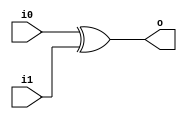
//used : = for blocking combintionl crkts and <= for non blocking sequential circuits
module xor2 (input wire i0, i1, output wire o);
  //selective complementer using xor and i1 as control
  assign o = i0^i1;
endmodule

module or2 (input wire i0, i1, output wire o);
  //oring for dflip flop input
  assign o = i0|i1;
endmodule

module dfrl (input clk,reset_b,shift_control,inputLSB,output wire out);
  reg df_out;
  wire df_data;

  //calculating the input to the dfrl
  or2 orgate(inputLSB,df_out,df_data);
  //reset and load flip flop
  //the flip flop is read in the posedge but written in neg edge clk cycle hence letting us save 	an entire clock cycle
  always@(posedge clk,negedge reset_b)//sensitive to either pos clk or neg rest_b edge
  if(~reset_b) begin
    df_out <= 0;//reset the flip flop
  end
  else begin
    if(shift_control) begin
      df_out <= df_data;//supply the content to the output of dfrl
    end
  end
  assign out = df_out;
endmodule

module df (input clk, in, output wire out);
  reg df_out;
  always@(posedge clk) df_out <= in;//positive edge triggered DFF
  assign out = df_out;
endmodule

module shiftRegArr(input clk,load,shift_bool,seriallyInpBit,reset_b,input[7:0] data,output wire[7:0] outWires);
  //8 bit shift register with reset and load
  reg [7:0] myShiftRegs;
  always @ (posedge clk, negedge reset_b) //pos edge triggered
  if(reset_b == 0) begin
    myShiftRegs <= 0;
  end
  else begin
    if(load) myShiftRegs = data;//load the input data to be complemented serially
    else if(shift_bool) begin
      myShiftRegs <= {seriallyInpBit,myShiftRegs[7:1]};//inserting the xor's output at msb along with bits 1:7 of input since bit 0/LSB is gone for complementing 
    end
  end
  assign outWires =  myShiftRegs;//store it back in the shiftWires because they need to be serially inputted with twos complement acc to question
endmodule

module Serial_twosComplementer(output y, input [7: 0] data, input load, shift_control, Clock, reset_b);
    
    wire[7:0] shiftwires;//wires passed to shiftRegArr to store the input data and serially get the twos complement of the individual bits
    wire Q;//stores the output from the dfrl which tells wheather to invert or not ie becomes 1 after seing the first 1 bit in input data
    wire inputLSB = shiftwires[0];//this will store the LSB of the input data that will be 	complemented
    
    //instantiating the needed modules below:
    xor2 comp(inputLSB,Q,y);//based on Q(output) recieved from the dffrl it will either complement the inputBit or not and send output via y
    dfrl dffQ(Clock,reset_b,shift_control,inputLSB,Q);//supplies Q for selective inverting after seeing first 1 bit supplied
    shiftRegArr shiftReg0(Clock,load,shift_control,y,reset_b,data,shiftwires[7:0]);
endmodule